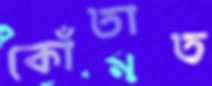
কোঁতাত